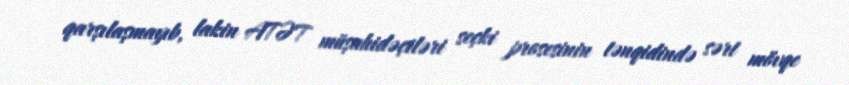
qarşılaşmayıb, lakin ATƏT müşahidəçiləri seçki prosesinin tənqidində sərt mövqe